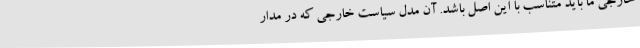
خارجی ما باید متناسب با این اصل باشد. آن مدل سیاست خارجی که در مدار